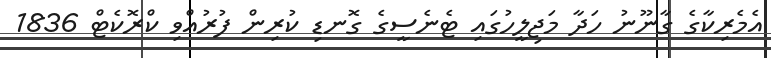
އެމެރިކާގެ ގާނޫނު ހަދާ މަޖިލީހުގައި ޓެނެސީގެ ގޮނޑި ކުރިން ފުރުއްވި ކްރޮކެޓް 1836